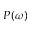
P ( \omega )